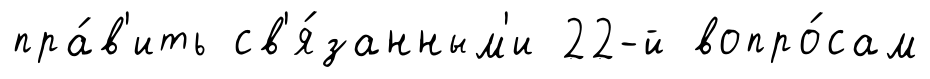
пра́в'ить св'я́занным'и 22-й вопро́сам